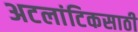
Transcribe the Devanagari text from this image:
अटलांटिकसाठी